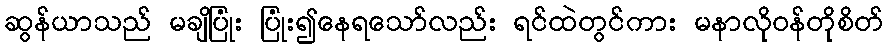
ဆွန်ယာသည် မချိပြုံး ပြုံး၍နေရသော်လည်း ရင်ထဲတွင်ကား မနာလိုဝန်တိုစိတ်